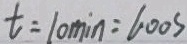
t = 1 0 \min = 6 0 0 s